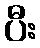
ပီး